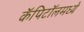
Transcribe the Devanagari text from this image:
कॅपिटॉलमध्ये